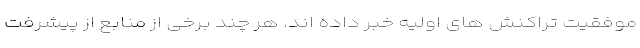
موفقیت تراکنش های اولیه خبر داده اند. هر چند برخی از منابع از پیشرفت